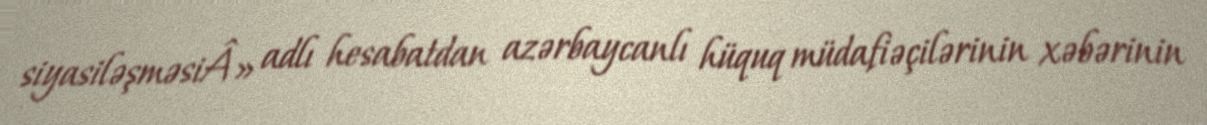
siyasiləşməsiÂ» adlı hesabatdan azərbaycanlı hüquq müdafiəçilərinin xəbərinin